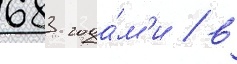
683 года́м'и / в